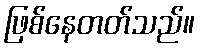
ဖြစ်နေတတ်သည်။